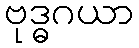
ဗုဒ္ဓဂယာ